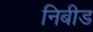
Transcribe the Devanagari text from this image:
निबीड